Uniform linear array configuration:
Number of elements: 4
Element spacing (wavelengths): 1
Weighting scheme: exponential
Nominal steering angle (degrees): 45
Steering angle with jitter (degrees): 46.743
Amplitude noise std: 0.05
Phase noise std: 0.05

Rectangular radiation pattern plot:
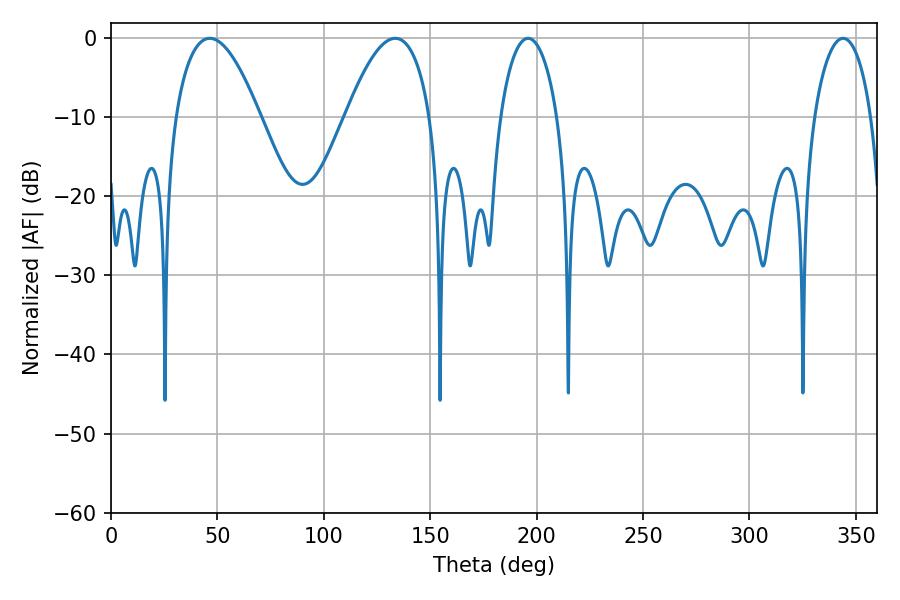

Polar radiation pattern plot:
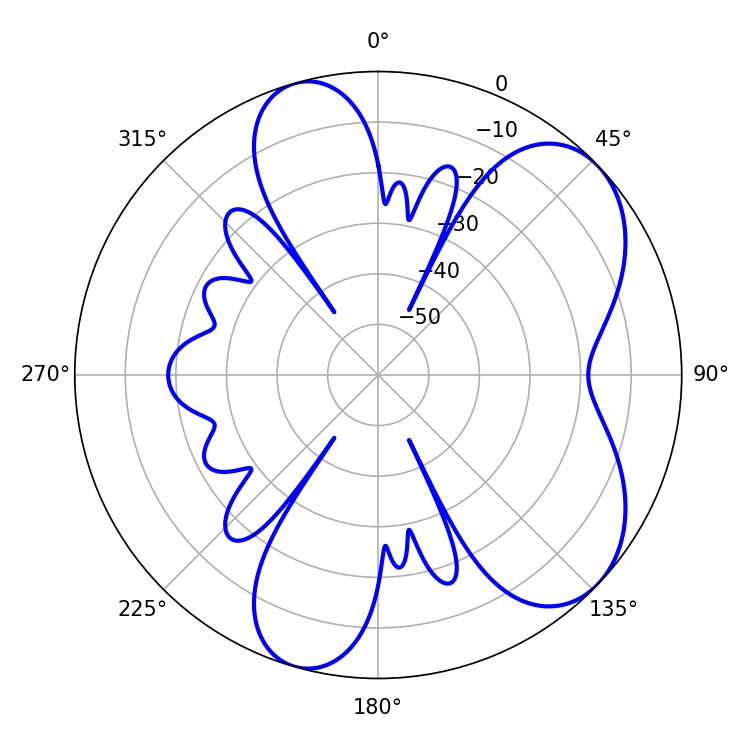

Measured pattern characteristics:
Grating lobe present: TRUE
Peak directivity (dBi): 6.464
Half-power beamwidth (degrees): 21.78
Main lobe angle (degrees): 46.44